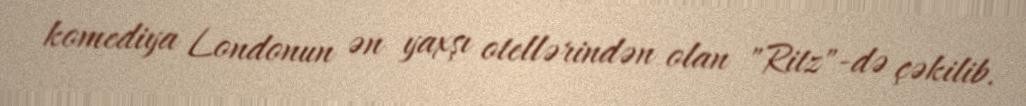
komediya Londonun ən yaxşı otellərindən olan "Ritz"-də çəkilib.